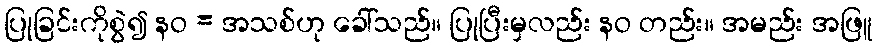
ပြုခြင်းကိုစွဲ၍ နဝ = အသစ်ဟု ခေါ်သည်။ ပြုပြီးမှလည်း နဝ တည်း။ အမည်း အဖြူ